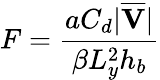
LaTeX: F=\frac{aC_{d}|\overline{{\textbf{V}}}|}{\beta L_{y}^{2}h_{b}}